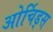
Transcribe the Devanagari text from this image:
ओर्चिड्स